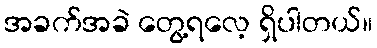
အခက်အခဲ တွေ့ရလေ့ ရှိပါတယ်။